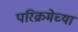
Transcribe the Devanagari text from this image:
परिक्रमेच्या